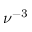
\nu ^ { - 3 }